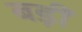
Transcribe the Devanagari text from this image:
बड़ीं